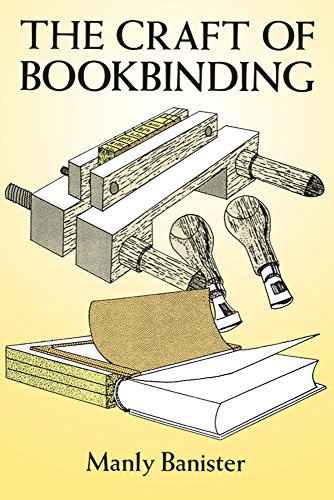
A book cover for The Craft of Bookbinding; Manly Banister; Computers & Technology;